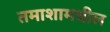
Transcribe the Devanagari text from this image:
तमाशामधील